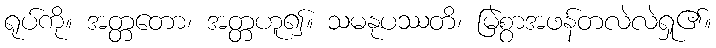
ရုပ်ကို။ အတ္တတော၊ အတ္တဟူ၍။ သမနုပဿတိ၊ မြဲစွာအဖန်တလဲလဲရှု၏။